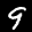
Label: 9